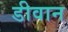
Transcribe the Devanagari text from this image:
डीवान